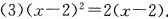
(3)$$( x - 2) ^ { 2 } = 2 ( x - 2 )$$。